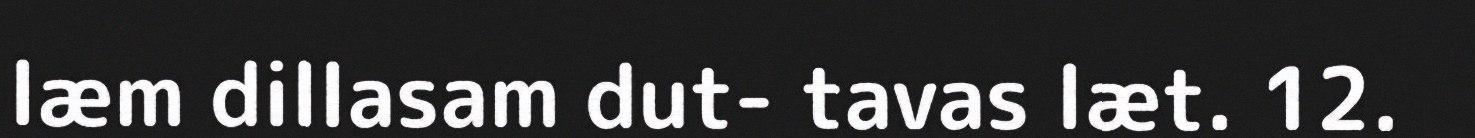
læm dillasam dut- tavas læt. 12.